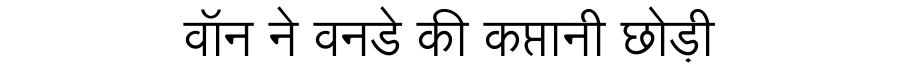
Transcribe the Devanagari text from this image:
वॉन ने वनडे की कप्तानी छोड़ी